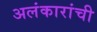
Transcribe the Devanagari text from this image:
अलंकारांची